Scottish Certificate of Education, 1962
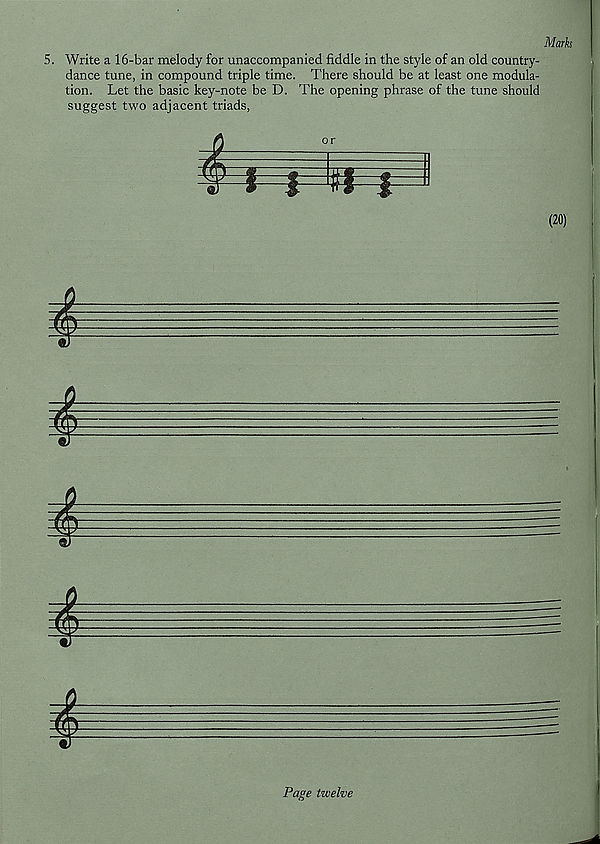
Marks
5. Write a 16-bar melody for unaccompanied fiddle in the style of an old country-
dance tune, in compound triple time. There should be at least one modula-
tion. Let the basic key-note be D. The opening phrase of the tune should
suggest two adjacent triads,
i
F : sl- I
(20)
Page tzvelve